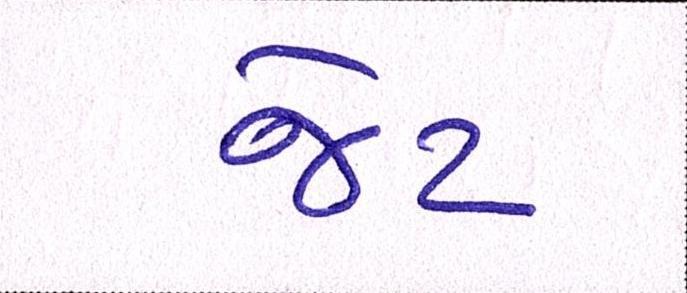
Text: જેટ